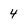
Character: 4